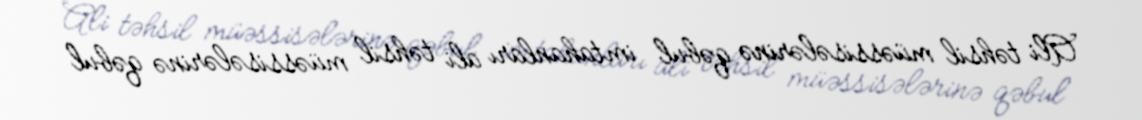
Ali təhsil müəssisələrinə qəbul imtahanları ali təhsil müəssisələrinə qəbul